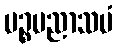
ပဉ္စပညာသမံ